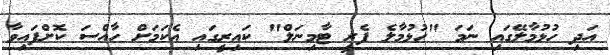
އަދި ހުޅުމާލޭގައި ނަމަ "ހުޅުމާލެ ފެރީ ޓާމިނަލް" ކައިރީގައި އެކަމަށް ހާއްސަ ކޮށްފައިވާ